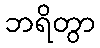
ဘရိတွာ